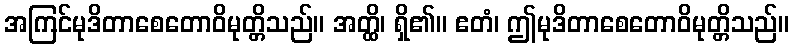
အကြင်မုဒိတာစေတောဝိမုတ္တိသည်။ အတ္ထိ၊ ရှိ၏။ ဧတံ၊ ဤမုဒိတာစေတောဝိမုတ္တိသည်။